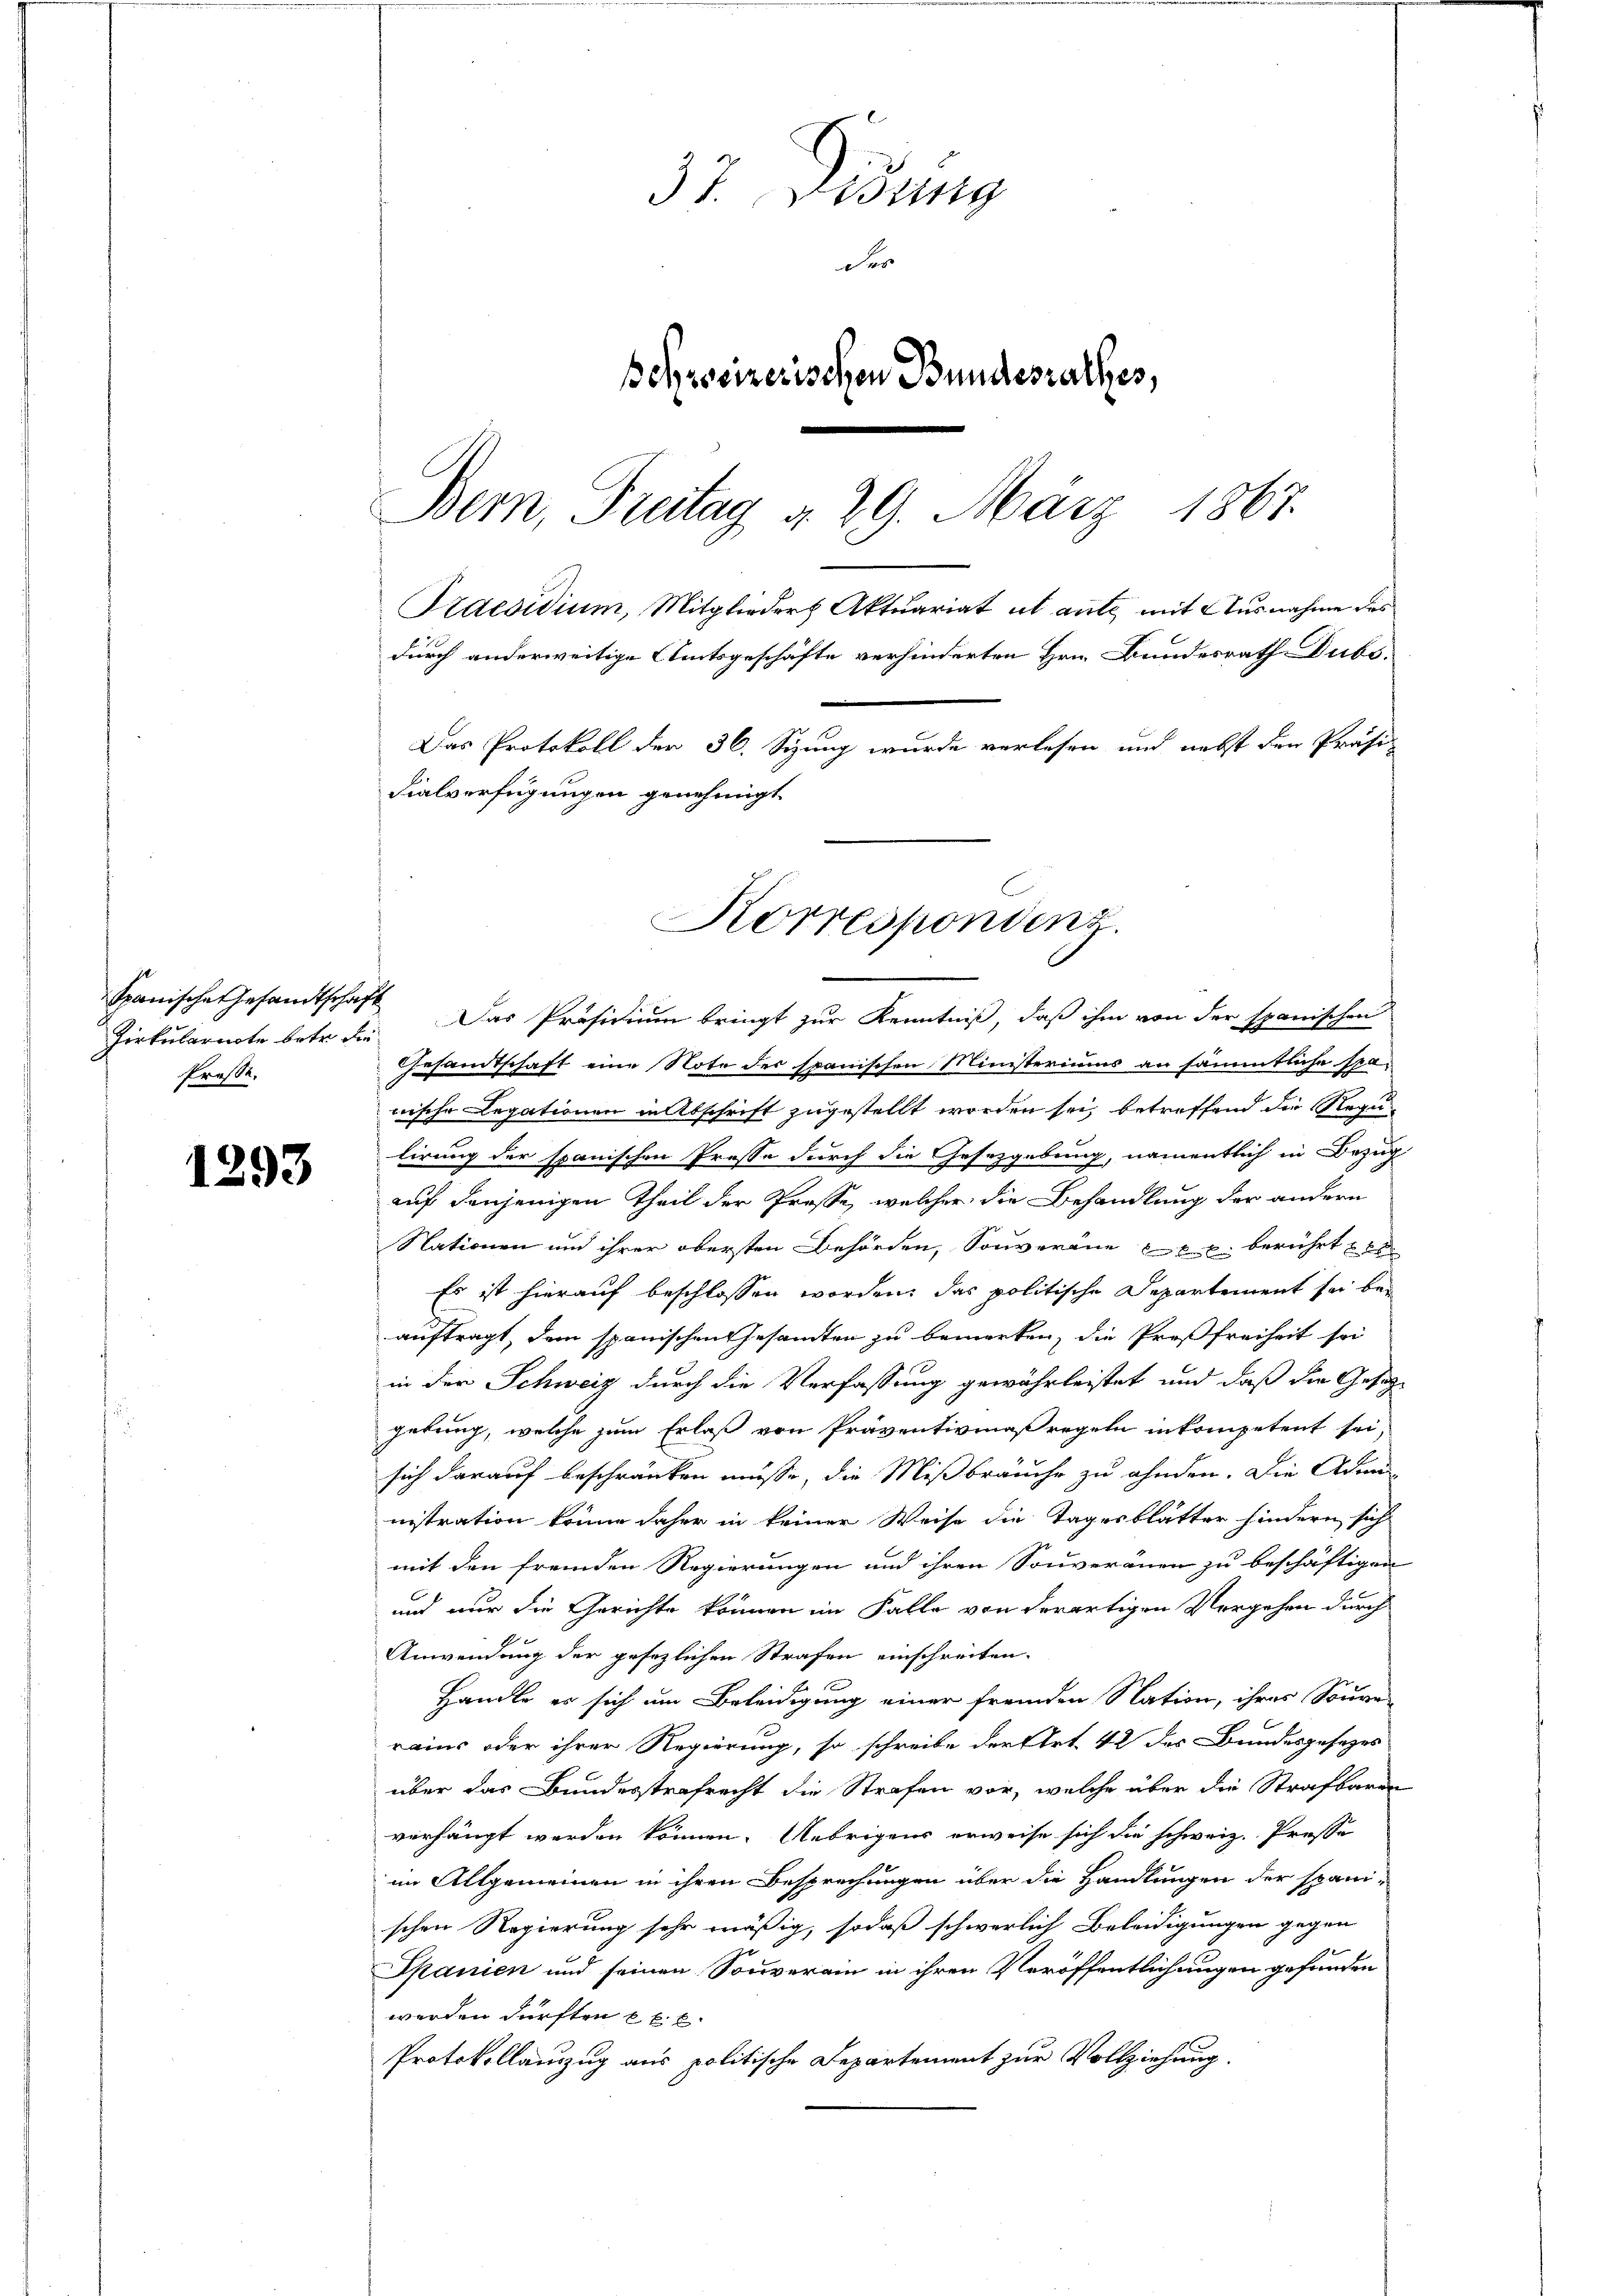
1293

Spanische Gesandtschaft
Prose.

37. Disung
der
Bohrseizerischen Bundesrathes,
Bern, Treitag d. 29. März 1867.

Praesidium, Mitglieder Aktuariat et auf mit Ausnahme des
durch anderweitige Amtsgeschäfte verhinderten Hrn. Bundesrath Dubo.
Das Protokoll der 36. Sizung wurde verlesen und nebst den Präsi
Fialverfügungen genehmigt.

Korrespondenz.

Zirkularnote betr. die. Das Präsidium bringt zur Kenntniß, daß ihm von der spanischen
Gesandtschaft eine Note der spanischen Ministeriums an sämmtliche spa-
nische Legationen in Abschrift zugestellt worden sei, betreffend die Regulirung der spanischen Presse durch die Gesetzgebung, namentlich in Bezug
auf denjenigen Theil der Prose, welcher die Behandlung der andern
Nationen und ihrer obersten Behörden, Souverane er berührt er
Es ist hierauf beschlossen worden, das politische Departement sei bei
auftragt, dem spanischen Gesandten zu bemerken, die Preßfreiheit sei
in der Schweiz durch die Verfassung gewährleistet und daß die Gesetz-
gebung, welche zum Erlaß von Präventivmaßregeln inkompetent sei,
sich darauf beschränken müsse, die Mißbräuche zu ahnden. Die Admi-
nistration könne daher in keiner Weise die Tagesblätter hindern sich
mit den fremden Regierungen und ihren Souveränen zu beschäftigen
und nur die Gerichte können im Falle von derartigen Vorgehen durch
Anwendung der gesezlichen Strafen einschreiten.
Handle es sich um Beleidigung einer fremden Nation, ihres Souarrains oder ihrer Regierung, so schreibe der Art. 42 des Bundesgesezes
über das Bundesstrafrecht die Strafen vor, welche über die Strafbaren
verhängt werden können. Uebrigens erweise sich die schweiz. Presse
im Allgemeinen in ihren Besprechungen über die Handlungen der spani-
schen Regierung sehr mäßig, sodaß schwerlich Beleidigungen gegen
Spanien und seinen Souverain in ihren Veröffentlichungen gefunden
werden dürften etc.
Protokollauszug aus politische Departement zur Vollziehung.